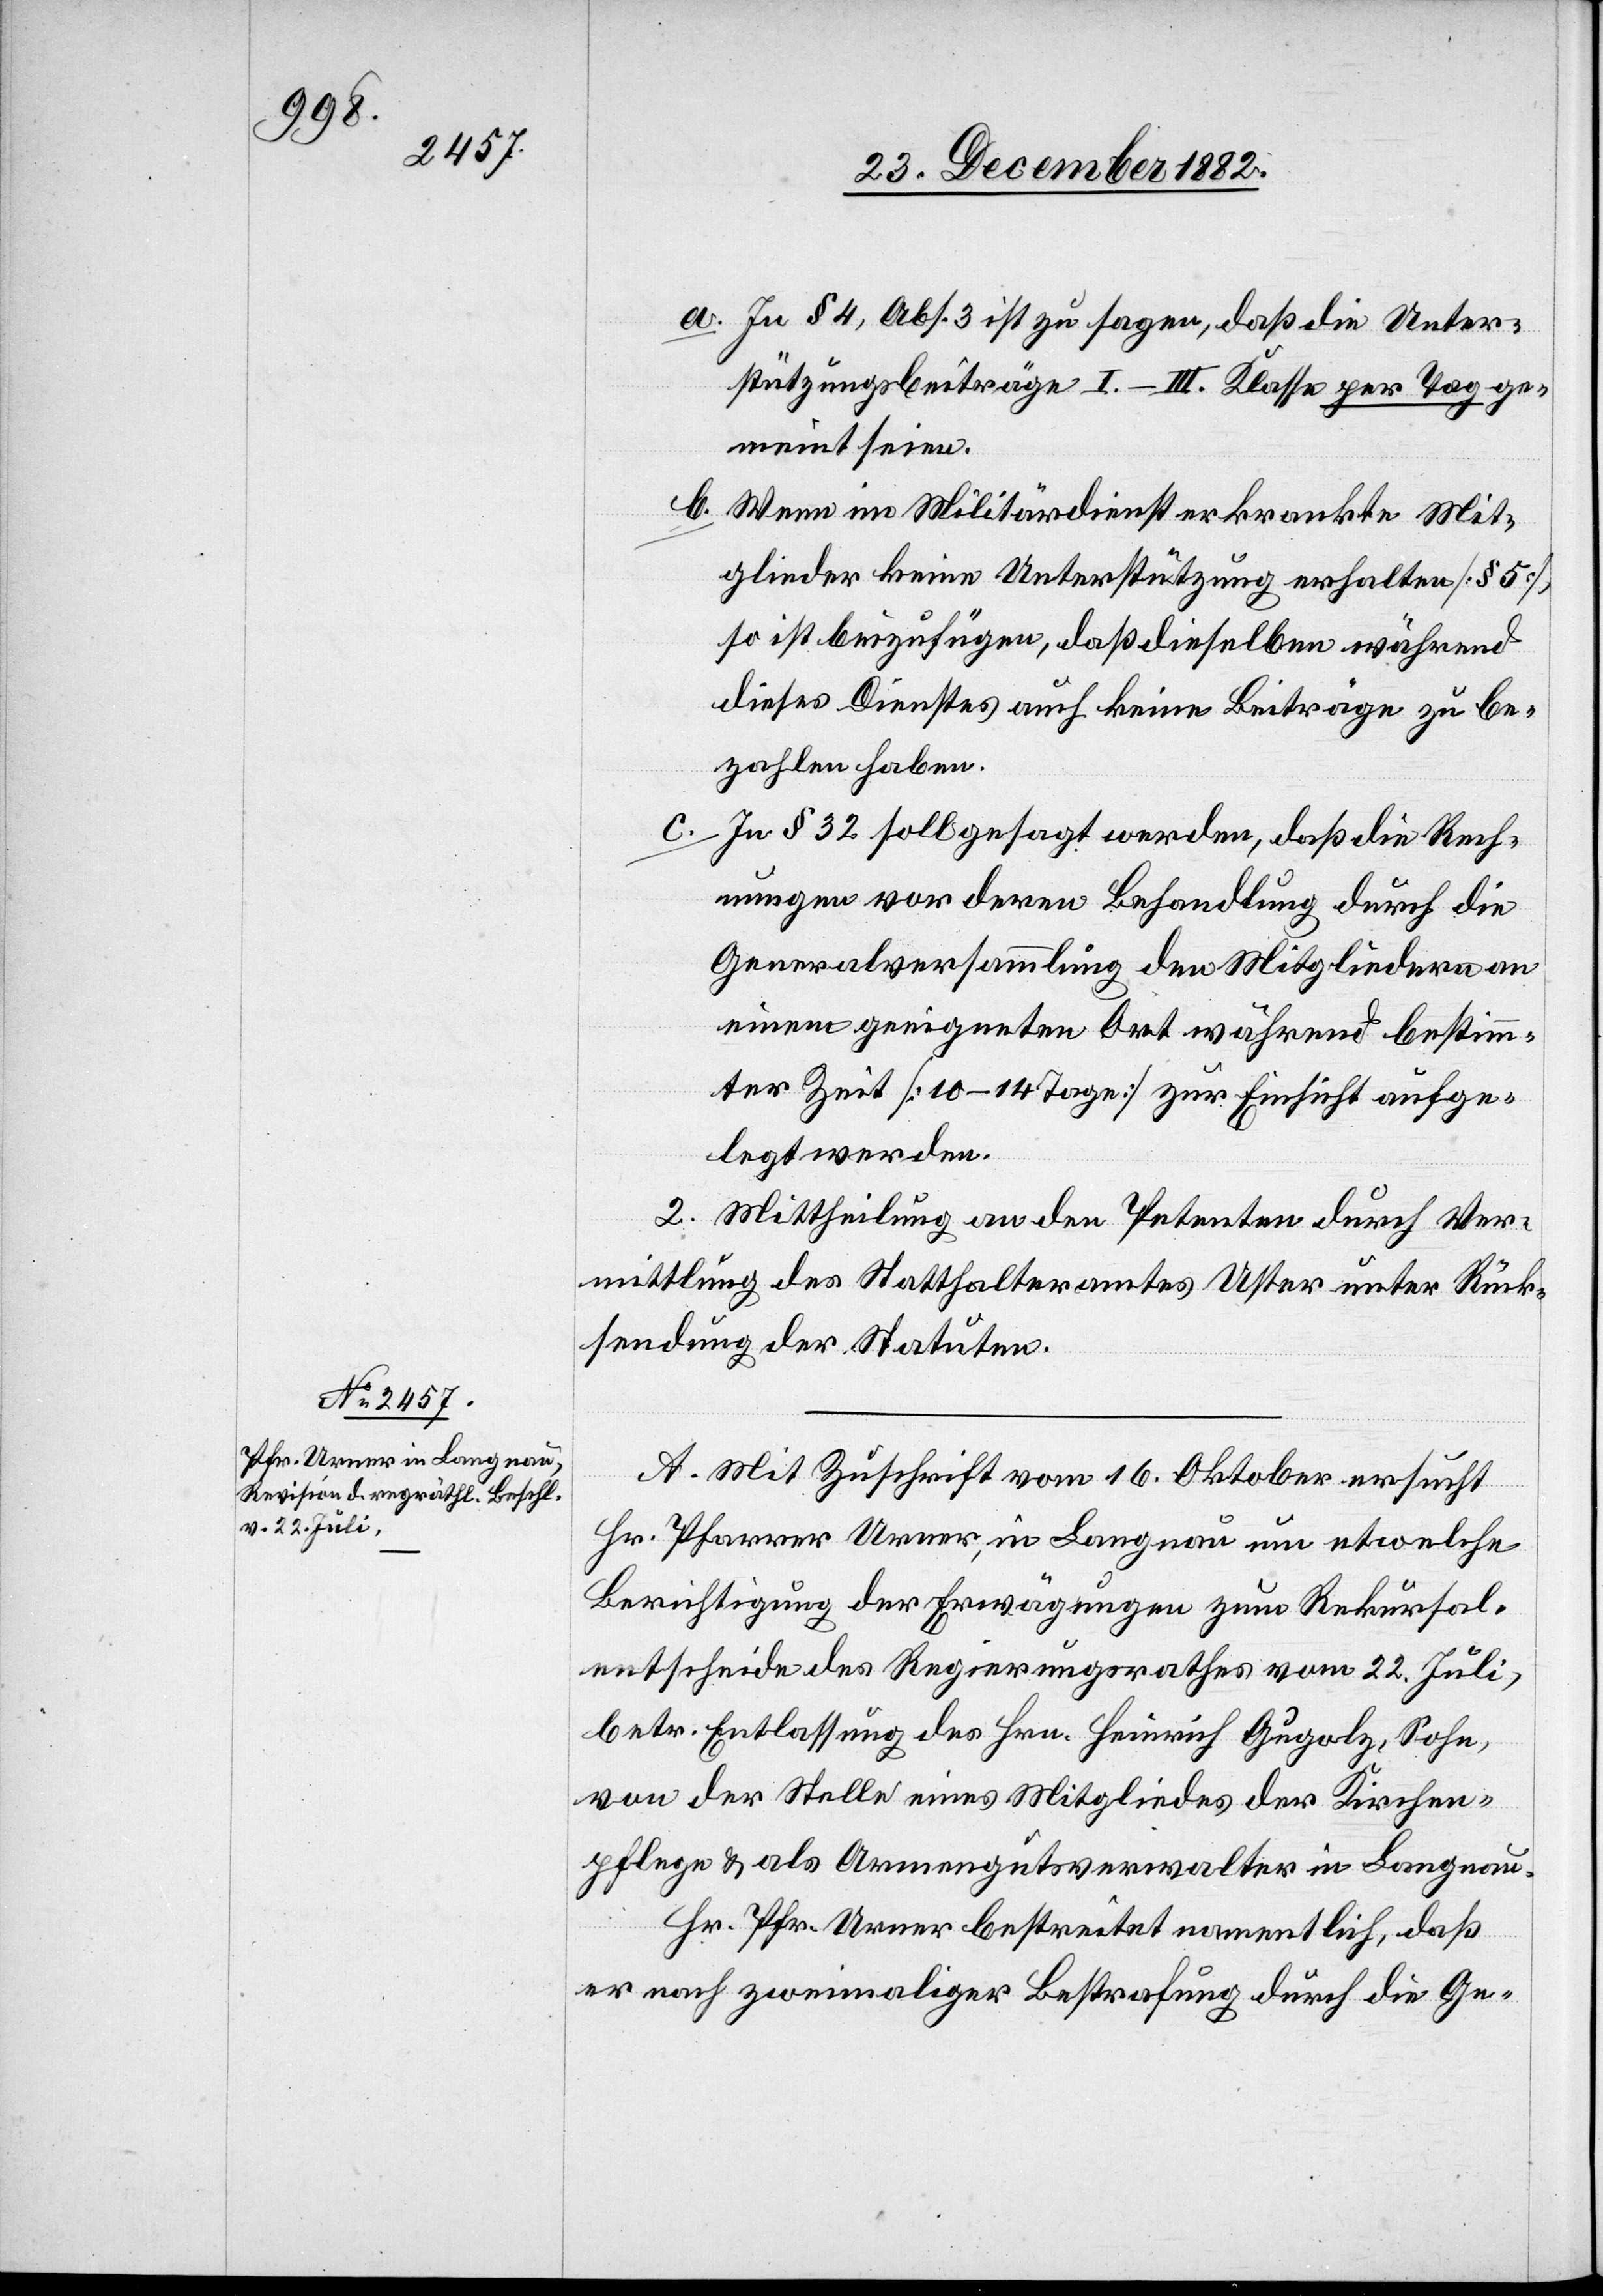
a. in § 4, Abs. 3 ist zu sagen, daß die Unter¬
stützungsbeiträge I–III. Klasse per Tag ge¬
meint seien.
b. Wenn im Militärdienst erkrankte Mit¬
glieder keine Unterstützung erhalten [§ 5],
so ist beizufügen, daß dieselben während
dieses Dienstes auch keine Beiträge zu be¬
zahlen haben.
c. In § 32 soll gesagt werden, daß die Rech¬
nungen vor deren Behandlung durch die
Generalversammlung den Mitgliedern an
einem geeigneten Ort während bestimm¬
ter Zeit [10–14 Tage] zur Einsicht aufge¬
legt werden.
2. Mittheilung an den Petenten durch Ver¬
mittlung des Statthalteramtes Uster unter Rück¬
sendung der Statuten.
A. Mit Zuschrift vom 16. Oktober ersucht
Hr. Pfarrer Urner, in Langnau um etwelche
Berichtigung der Erwägungen zum Rekursal¬
entscheide des Regierungsrathes vom 22. Juli,
betr. Entlassung des Hrn. Heinrich Gugolz, Sohn
von der Stelle eines Mitgliedes der Kirchen¬
pflege & als Armengutsverwalter in Langnau.
Hr. Pfr. Urner bestreitet namentlich, daß
er nach zweimaliger Bestrafung durch die Ge-